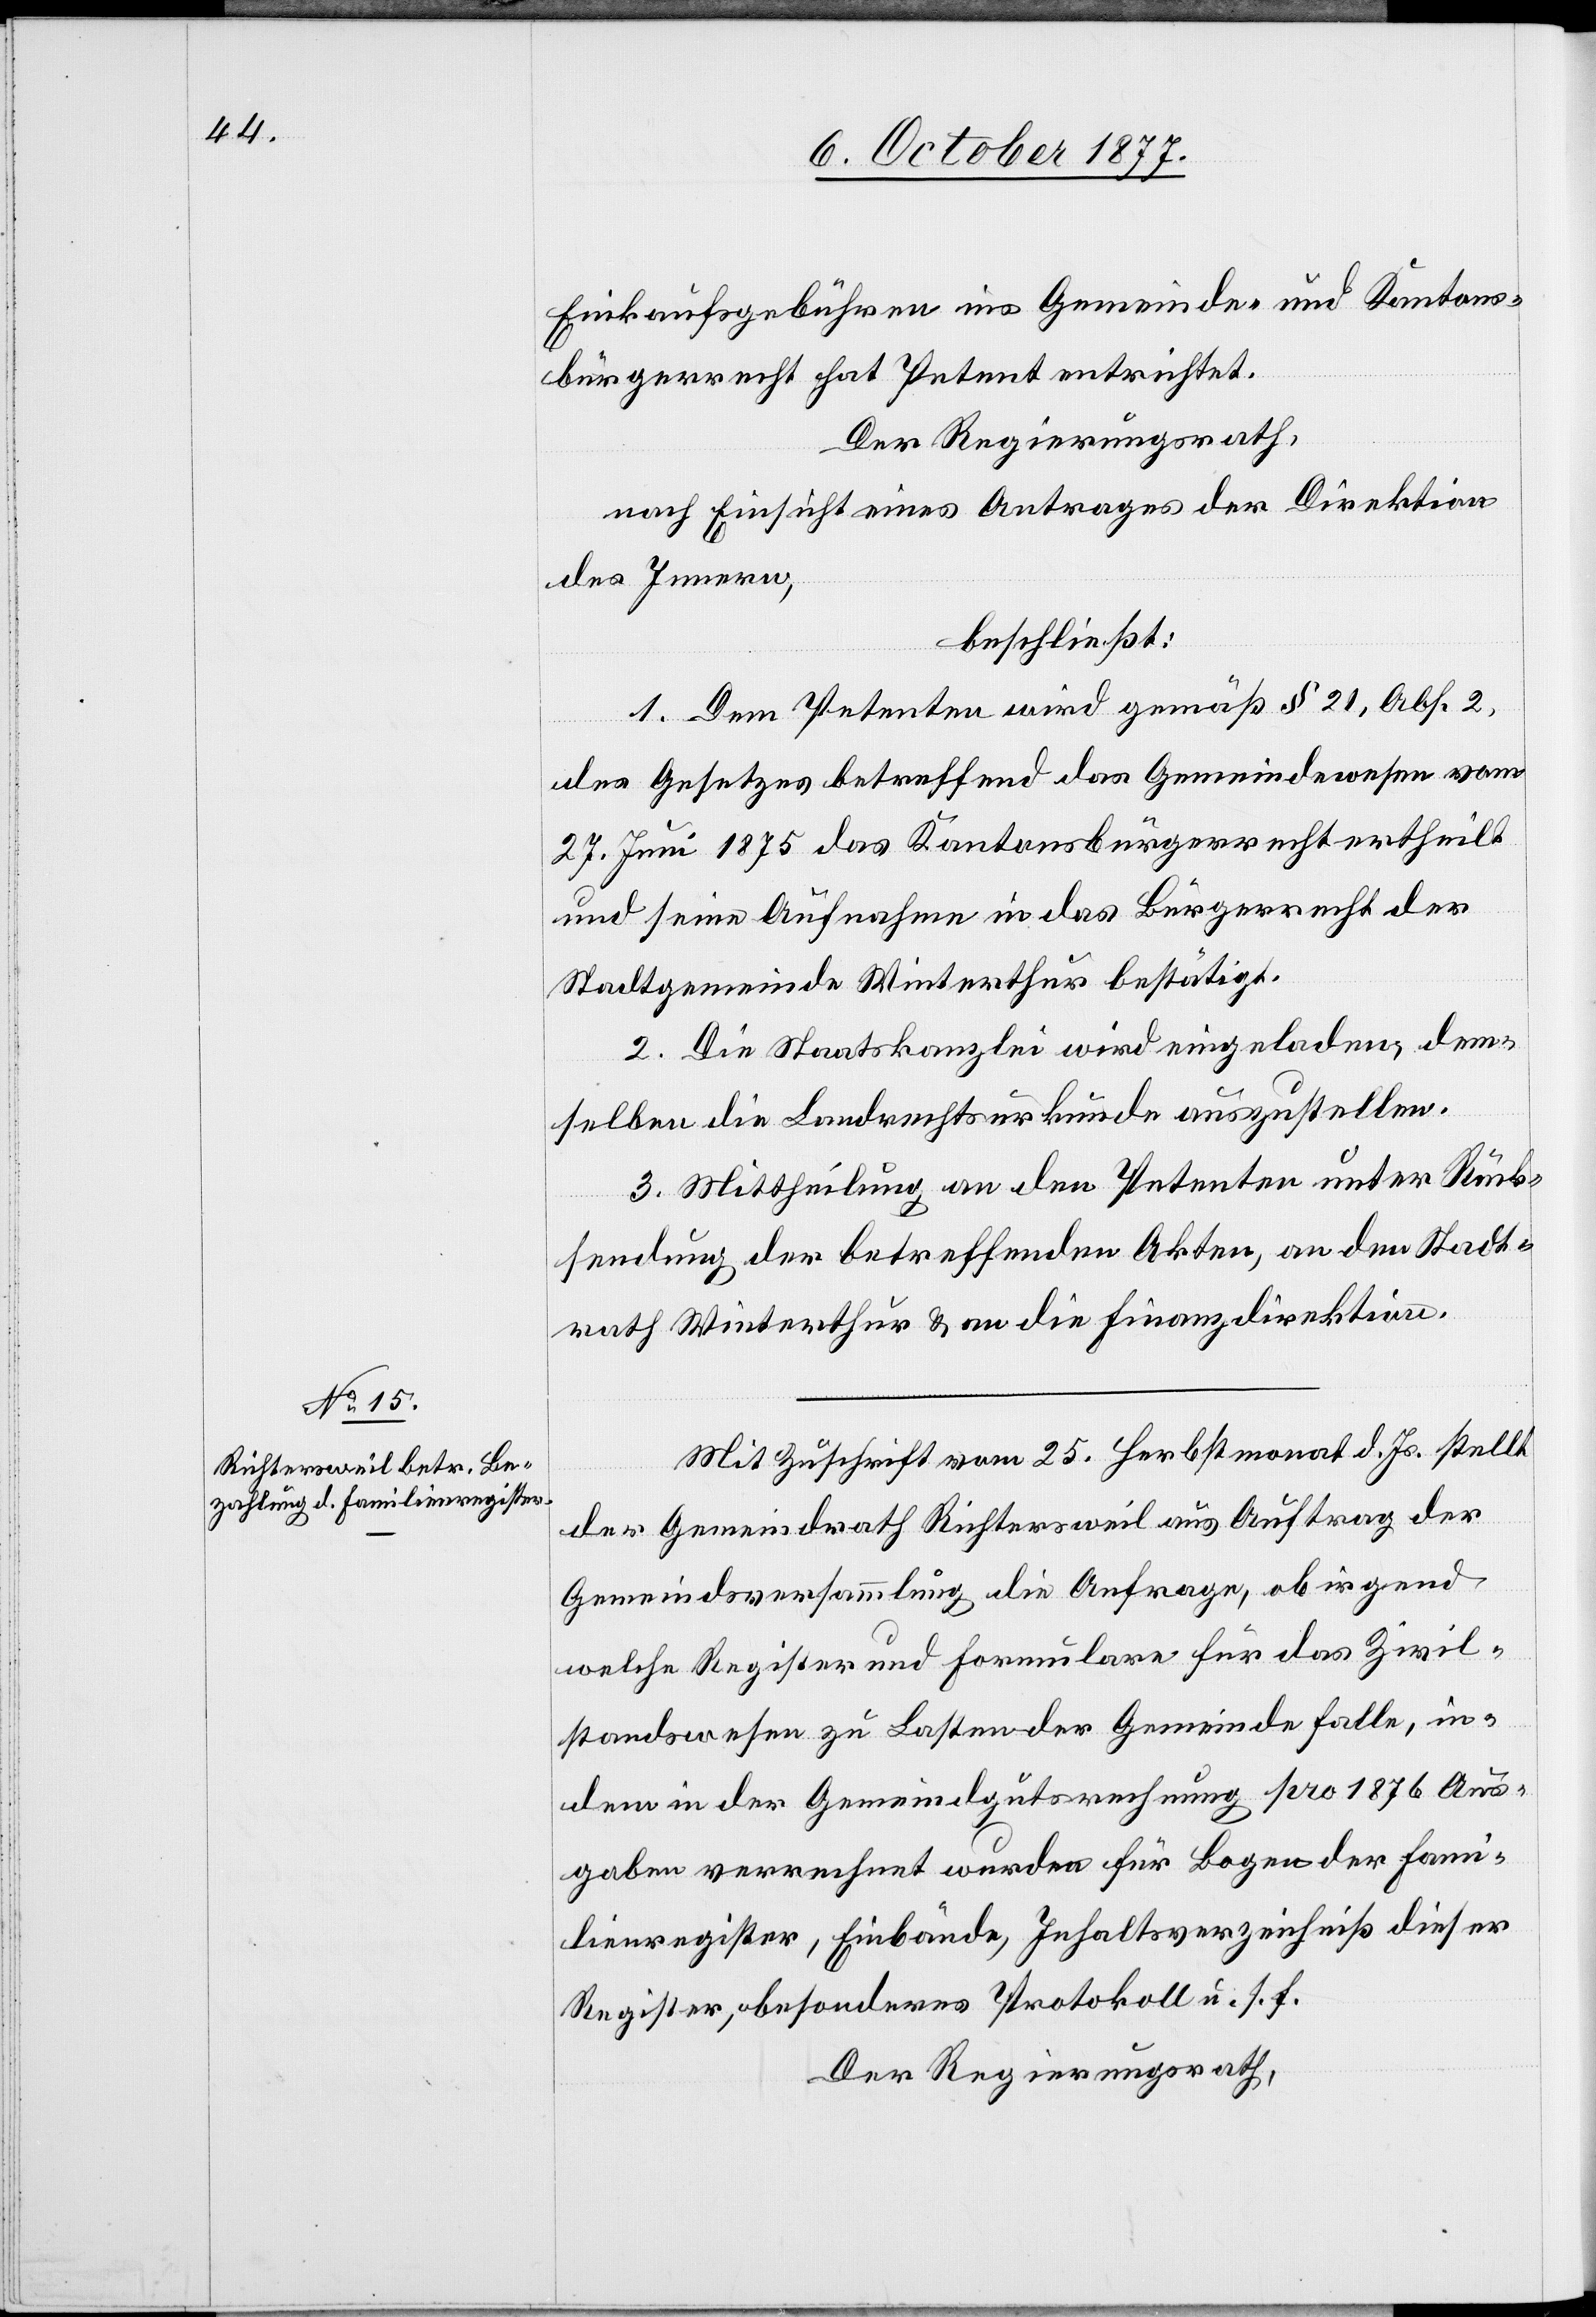
Einkaufsgebühren ins Gemeinde- und Kantons¬
bürgerrecht hat Petent entrichtet.
Der Regierungsrath,
nach Einsicht eines Antrages der Direktion
des Innern,
beschließt:
1. Dem Petenten wird gemäß § 21, Abs. 2,
des Gesetzes betreffend das Gemeindewesen vom
27. Juni 1875 das Kantonsbürgerrecht ertheilt
und seine Aufnahme in das Bürgerrecht der
Stadtgemeinde Winterthur bestätigt.
2. Die Staatskanzlei wird eingeladen, dem¬
selben die Landrechtsurkunde auszustellen.
3. Mittheilung an den Petenten unter Rück¬
sendung der betreffenden Akten, an den Stadt¬
rath Winterthur & an die Finanzdirektion.
Mit Zuschrift vom 25. Herbstmonat d. Js. stellt
der Gemeindrath Richtersweil aus Auftrag der
Gemeindsversammlung die Anfrage, ob irgend
welche Register und Formulare für das Zivil¬
standswesen zu Lasten der Gemeinde falle[n], in¬
dem in der Gemeindgutsrechnung pro 1876 Aus¬
gaben verrechnet wurden für Bogen der Fami¬
lienregister, Einbände, Inhaltsverzeichniß dieser
Register, besonderes Protokoll u. s. f.
Der Regierungsrath,